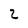
Character: 2